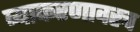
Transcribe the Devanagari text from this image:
व्याकरणावरच